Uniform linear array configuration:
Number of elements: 32
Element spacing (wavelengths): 0.5
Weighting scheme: binomial
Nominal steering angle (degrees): -15
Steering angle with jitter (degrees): -14.082
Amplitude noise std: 0.05
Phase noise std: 0.05

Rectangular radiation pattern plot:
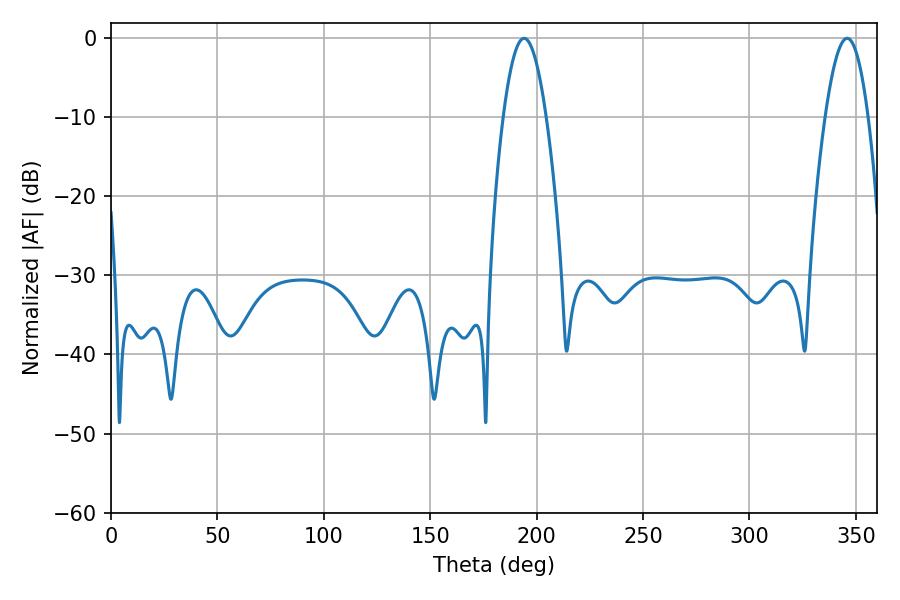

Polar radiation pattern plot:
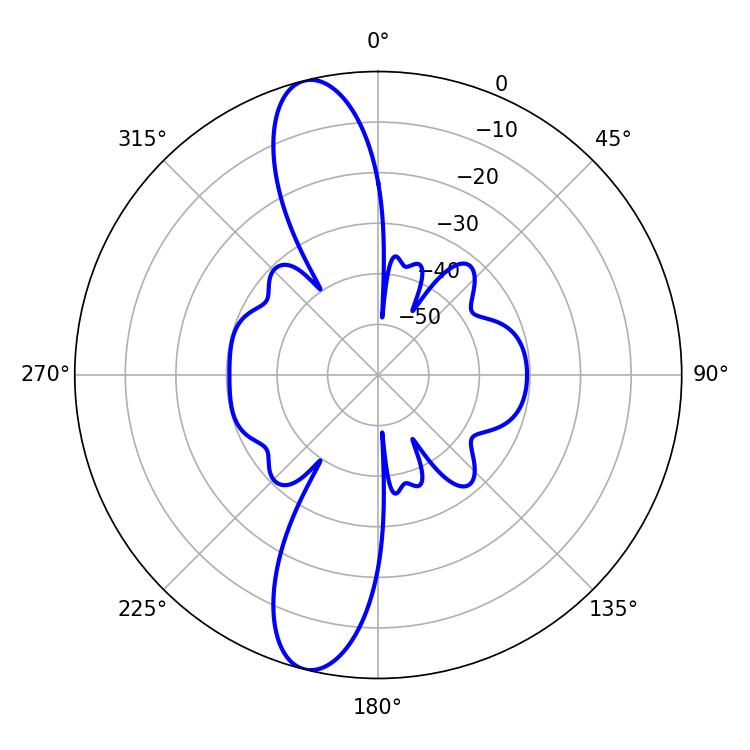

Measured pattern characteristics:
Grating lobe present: FALSE
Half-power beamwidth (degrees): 10.98
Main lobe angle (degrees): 194.04